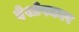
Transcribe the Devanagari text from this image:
देशोपकार